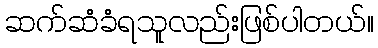
ဆက်ဆံခံရသူလည်းဖြစ်ပါတယ်။